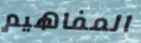
المفاهيم